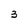
Character: 3